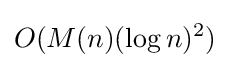
O(M(n)(\log n)^{2})